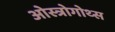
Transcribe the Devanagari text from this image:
ओस्त्रोगोथ्स